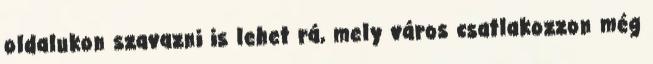
oldalukon szavazni is lehet rá, mely város csatlakozzon még